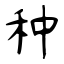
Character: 种